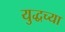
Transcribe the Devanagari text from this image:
युद्धच्या